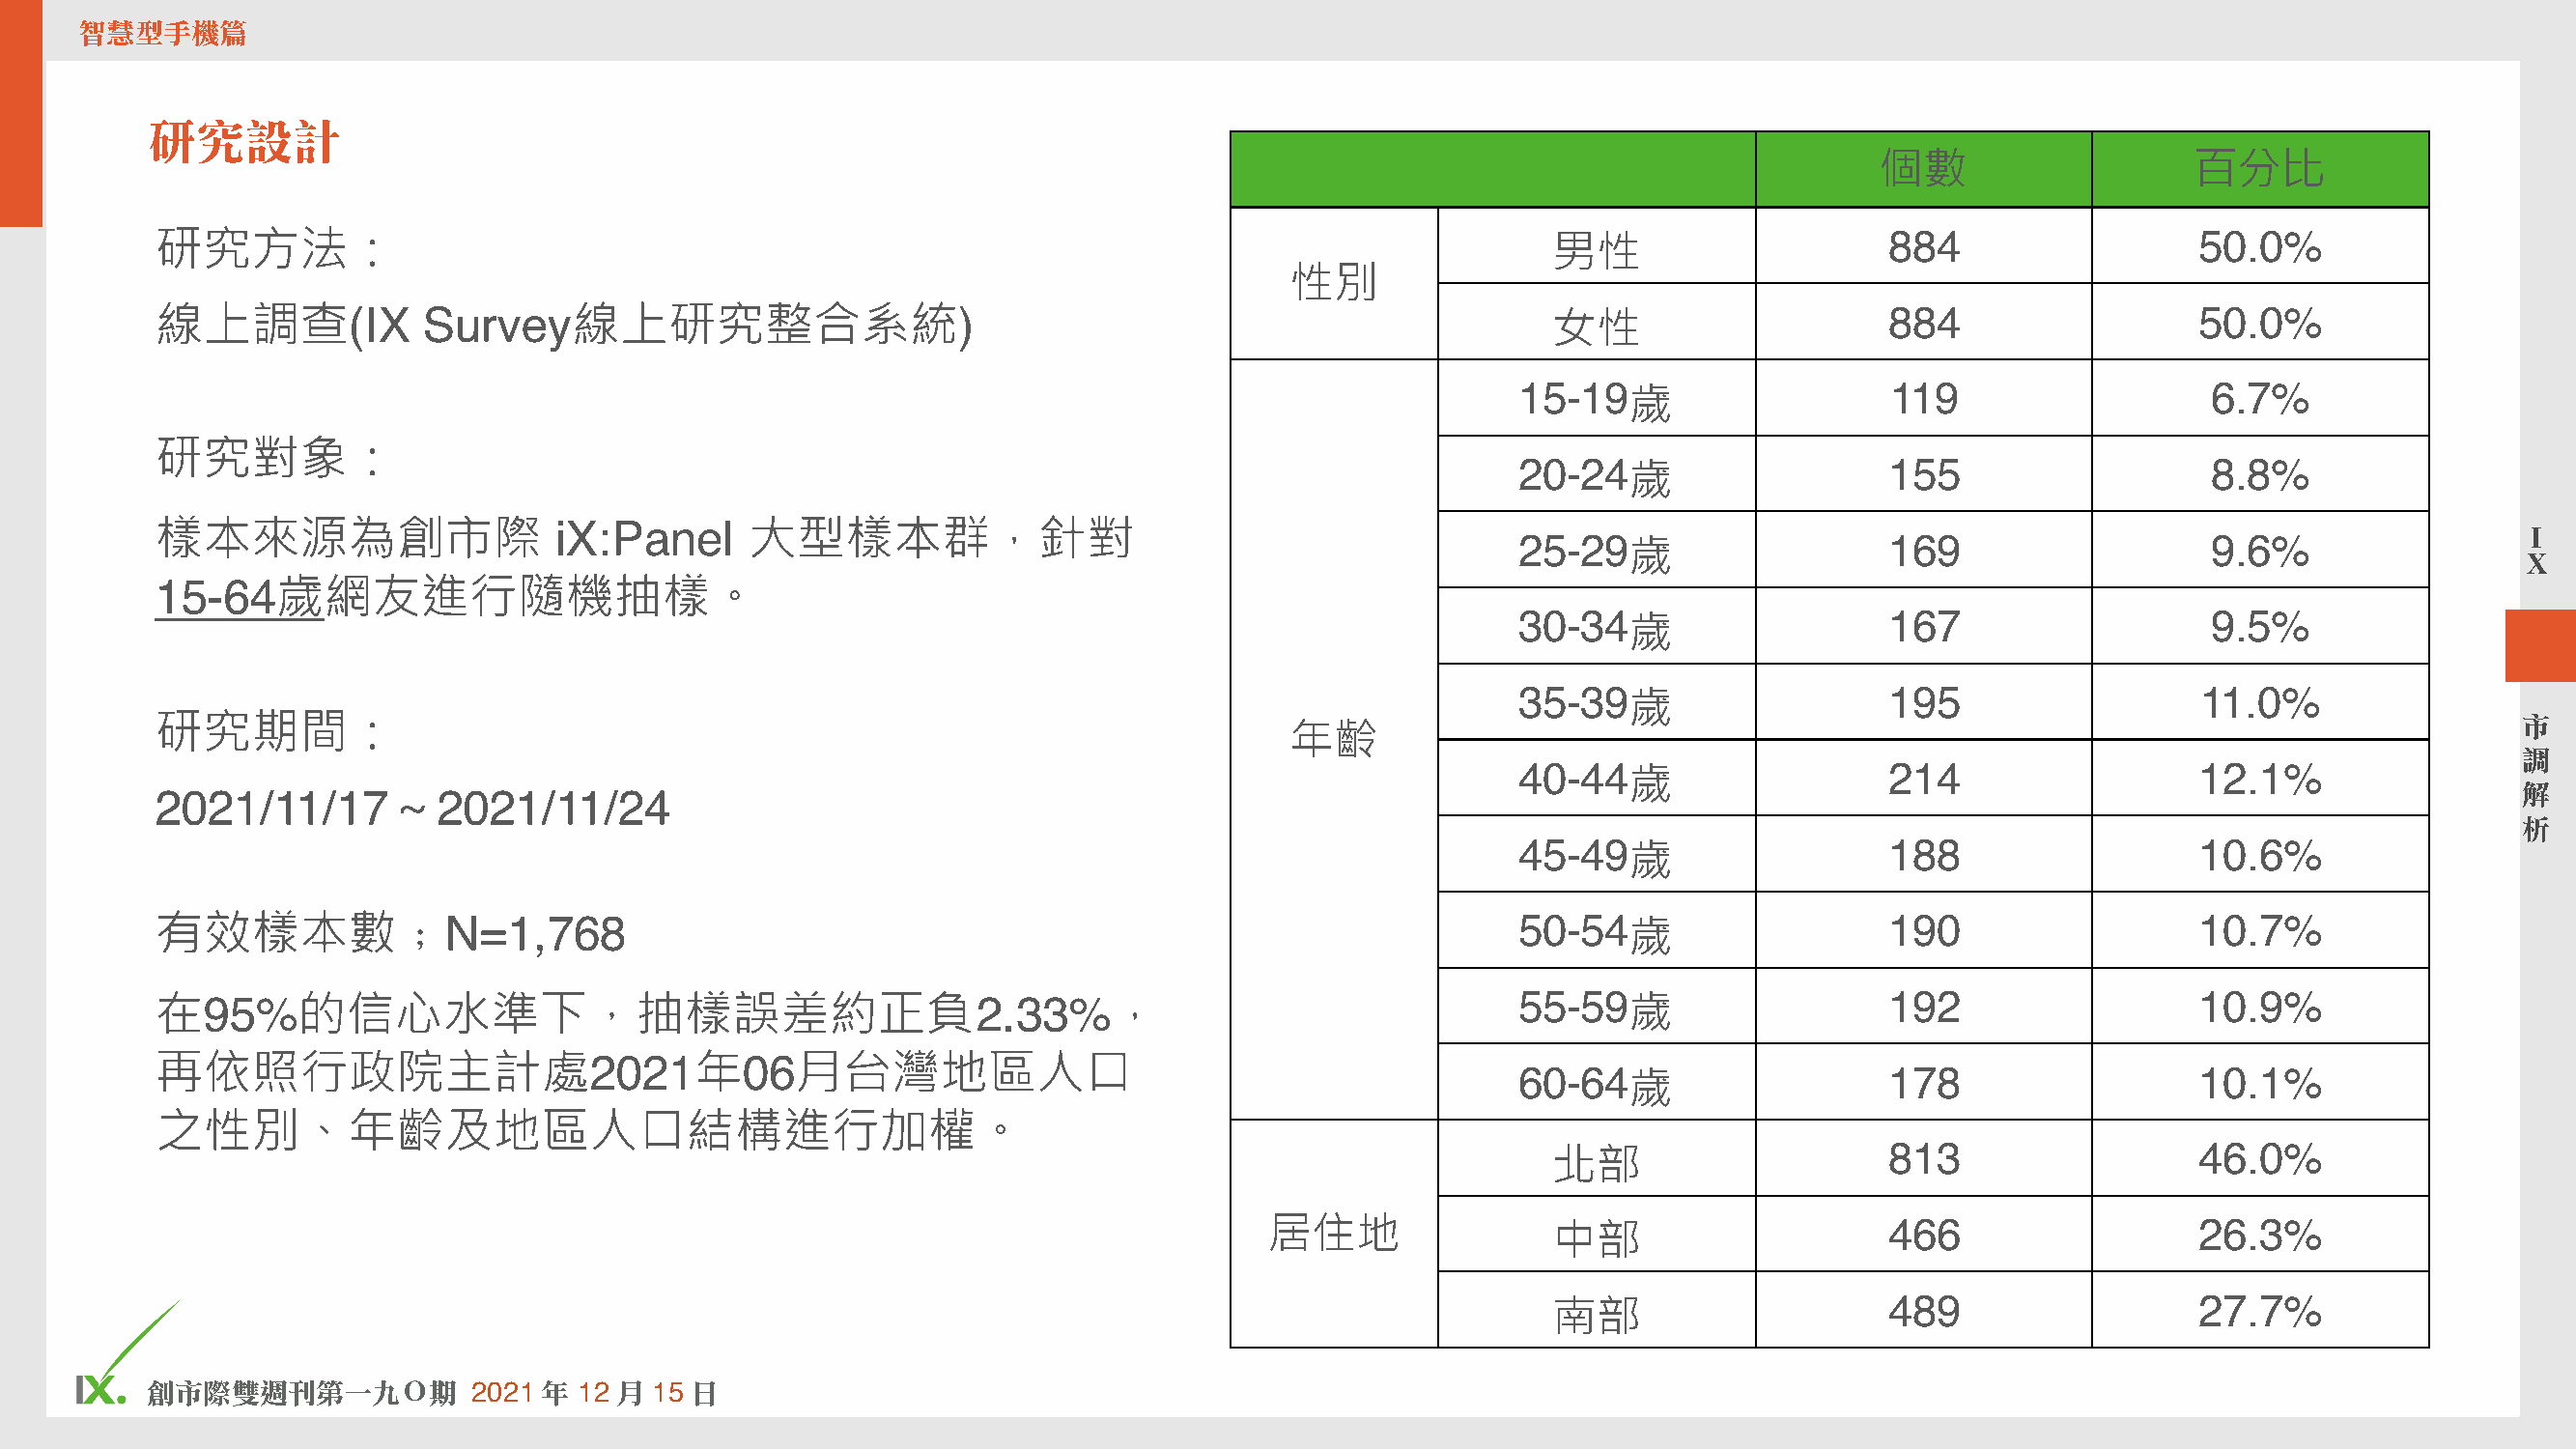
智慧型手機篇
 研究設計
 個數                   百分比
 研究方法：                                                                                          男性                     884                   50.0%
 性別
 線上調查(IX           Survey線上研究整合系統)
 女性
 884                   50.0%
 15-19                     119                   6.7%
 歲
 研究對象：
 20-24                    155                    8.8%
 歲
 樣本來源為創市際                   iX:Panel     大型樣本群，針對
 I
 25-29                    169                    9.6%
 歲
 X
 15-64歲網友進行隨機抽樣。
 30-34                    167                    9.5%
 歲
 35-39                    195                   11.0%
 歲
 研究期間：                                                                                                                                                             市
 年齡
 調
 40-44                    214                   12.1%
 歲
 2021/11/17～2021/11/24                                                                                                                                             解
 析
 45-49                    188                   10.6%
 歲
 有效樣本數﹔N=1,768                                                                                50-54
 歲
 190                   10.7%
 在95%的信心水準下，抽樣誤差約正負2.33%，                                                                     55-59   歲                192                   10.9%
 再依照行政院主計處2021年06月台灣地區人口
 60-64                    178                   10.1%
 歲
 之性別、年齡及地區人口結構進行加權。
 813                   46.0%
 北部
 居住地                                       466                   26.3%
 中部
 489                   27.7%
 南部
 7
 創市際雙週刊第㆒㈨Ｏ期           2021 年  12 ㈪ 15 ㈰                                                                                                 © comScore, Inc. Proprietary.